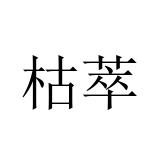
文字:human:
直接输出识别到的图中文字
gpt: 枯萃